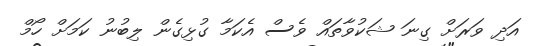
އަދި ވަރަށް ގިނަ ޝަކުވާތައް ވެސް އެކަމާ ގުޅިގެން ލިބުނު ކަމަށް ހޯމް